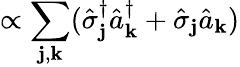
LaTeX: \propto\sum_{\mathbf{j},{\mathbf{k}}}(\hat{{\sigma}}_{\mathbf{j}}^{\dagger}\hat{{a}}_{\mathbf{k}}^{\dagger}+\hat{{\sigma}}_{\mathbf{j}}\hat{{a}}_{\mathbf{k}})